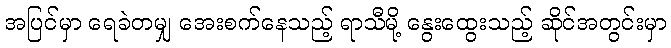
အပြင်မှာ ရေခဲတမျှ အေးစက်နေသည့် ရာသီမို့ နွေးထွေးသည့် ဆိုင်အတွင်းမှာ